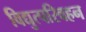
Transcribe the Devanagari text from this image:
विद्युत्परिवहन